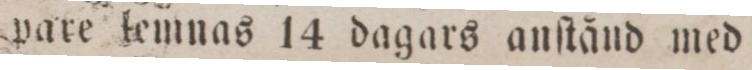
pare kemnas 14 dagars anſtånd med